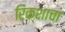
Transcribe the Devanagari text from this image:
रिक्शाचा